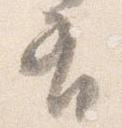
有